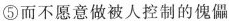
⑤而不愿意做被人控制的傀儡